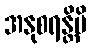
အနုစရန္တိပိ